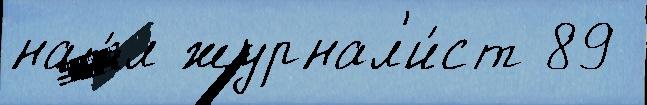
наш́л журнал'и́ст 89